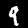
Label: 9